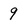
Character: 9